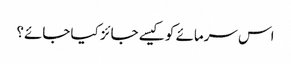
اس سرمائے کو کیسے جائز کیا جائے؟